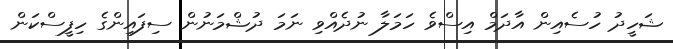
ޝަހީދު ހުސެއިން އާދަމް އިސްވެ ހަމަލާ ނުދެއްވި ނަމަ ދުޝްމަނުން ސިފައިންގެ ހިފީސްކަން